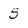
Character: 5